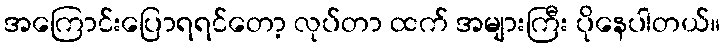
အကြောင်းပြောရရင်တော့ လုပ်တာ ထက် အများကြီး ပိုနေပါတယ်။